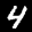
Label: 4